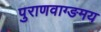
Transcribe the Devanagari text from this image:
पुराणवाग्ङमय